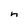
Character: n